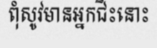
ពុំសូវមានអ្នកជិះនោះ